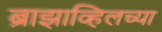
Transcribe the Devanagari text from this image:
ब्राझाव्हिलच्या